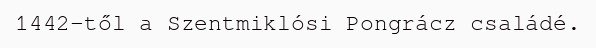
1442-től a Szentmiklósi Pongrácz családé.